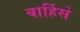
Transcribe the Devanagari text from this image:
बार्हिसे